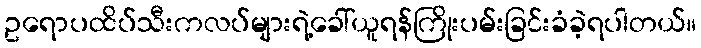
ဥရောပထိပ်သီးကလပ်များရဲ့ခေါ်ယူရန်ကြိုးပမ်းခြင်းခံခဲ့ရပါတယ်။